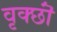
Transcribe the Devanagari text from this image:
वृक्छॊं